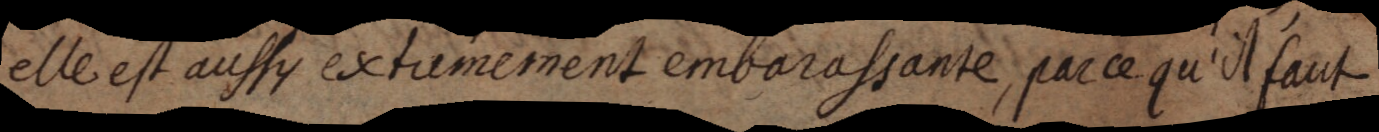
elle est aussy extremement embarassante, parce qu’il faut